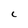
Character: C